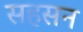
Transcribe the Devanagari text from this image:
सहसन